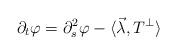
LaTeX: \begin{align*}\partial_{t}\varphi =\partial_{s}^{2}\varphi - \langle \vec\lambda, T^{\perp} \rangle \end{align*}